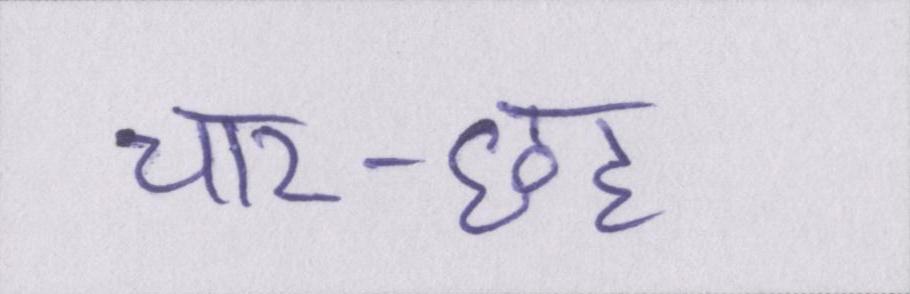
चार-छह